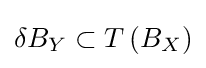
\delta B_{Y}\subset {T\left(B_{X}\right)}